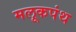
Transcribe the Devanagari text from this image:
मलूकपंथ